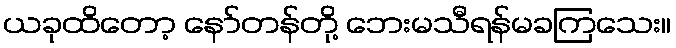
ယခုထိတော့ နော်တန်တို့ ဘေးမသီရန်မခကြသေး။